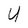
Character: U